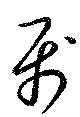
属